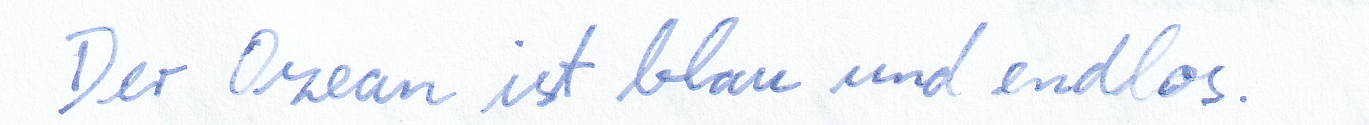
Der Ozean ist blau und endlos.